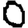
Digit: 0